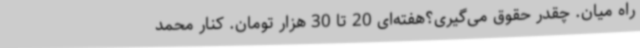
راه میان. ‌چقدر حقوق می‌گیری؟هفته‌ای 20 تا 30 هزار تومان. کنار محمد